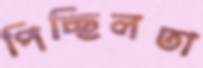
পিচ্ছিলতা